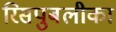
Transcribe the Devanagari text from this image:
रिसपुबलीका